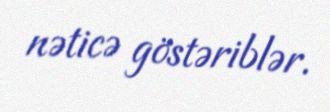
nəticə göstəriblər.